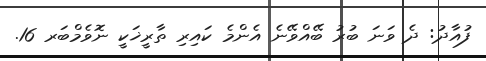
ފުއާދު: ދެ ވަނަ ބުރު ބޭއްވޭނެ އެންމެ ކައިރި ތާރީޚަކީ ނޮވެމްބަރ 16.